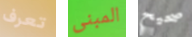
تعرف المبنى صحيح